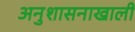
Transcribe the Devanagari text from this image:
अनुशासनाखाली